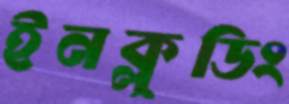
ইনক্লুডিং